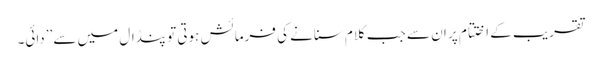
تقریب کے اختتام پر ان سے جب کلام سنانے کی فرمائش ہوتی تو پنڈال میں سے ’’دائی۔